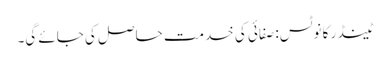
ٹینڈر کا نوٹس: صفائی کی خدمت حاصل کی جائے گی۔